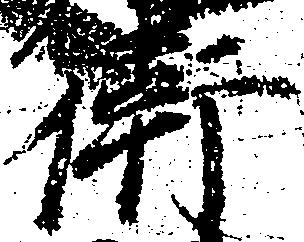
衛